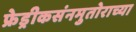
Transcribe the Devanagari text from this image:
फ्रेड्रीकसंनमुतोराच्या